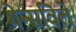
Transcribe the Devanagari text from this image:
गेन्सविले